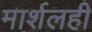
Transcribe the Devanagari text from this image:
मार्शलही